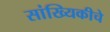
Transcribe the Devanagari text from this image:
सांख्यिकीचे